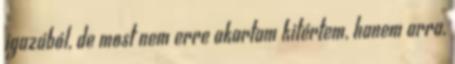
igazából, de most nem erre akartam kitértem, hanem arra,